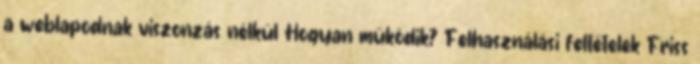
a weblapodnak viszonzás nélkül Hogyan működik? Felhasználási feltételek Friss